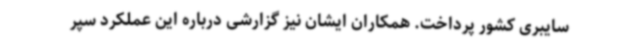
سایبری کشور پرداخت. همکاران ایشان نیز گزارشی درباره این عملکرد سپر